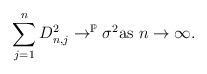
LaTeX: \begin{align*}\sum_{j=1}^{n}D_{n,j}^{2}\rightarrow^{\mathbb{P}}\sigma^{2} \mbox{as }n\rightarrow\infty.\end{align*}